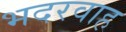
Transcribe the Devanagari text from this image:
भदरवाह